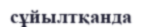
сұйылтқанда